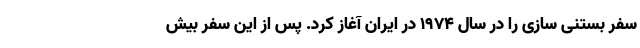
سفر بستنی سازی را در سال ۱۹۷۴ در ایران آغاز کرد. پس از این سفرِ بیش